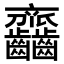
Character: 𪚎